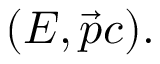
( E , { \vec { p } } c ) .